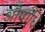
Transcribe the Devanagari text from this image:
औषाधि